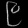
Digit: ၉